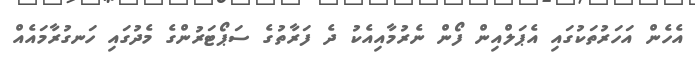
އެހެން އަހަރުތަކުގައި އެޕަލްއިން ފޯން ނެރުމާއިއެކު ދެ ފަރާތުގެ ސަޕޯޓަރުންގެ މެދުގައި ހަނގުރާމައެއް